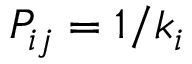
P _ { i j } = 1 / k _ { i }